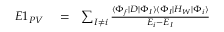
\begin{array} { r l r } { E 1 _ { P V } } & { { } = } & { \sum _ { I \ne i } \frac { \langle \Phi _ { f } | D | \Phi _ { I } \rangle \langle \Phi _ { I } | H _ { W } | \Phi _ { i } \rangle } { { \cal E } _ { i } - { \cal E } _ { I } } } \end{array}